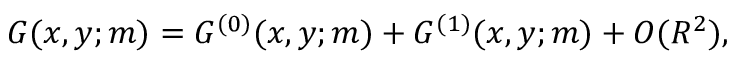
G ( x , y ; m ) = G ^ { ( 0 ) } ( x , y ; m ) + G ^ { ( 1 ) } ( x , y ; m ) + { \cal O } ( R ^ { 2 } ) ,